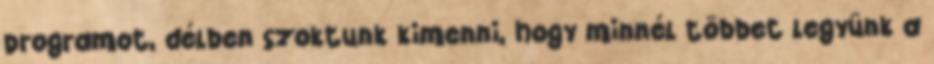
programot, délben szoktunk kimenni, hogy minnél többet legyünk a